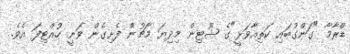
ޑްރާމާ "ގަންގުބައި ކަތިއާވަޅީ"ގެ ޝޫޓިން މިދިޔަ މާޗުން ފެށިގެން ވަނީ ހުއްޓިފަ އެވެ.